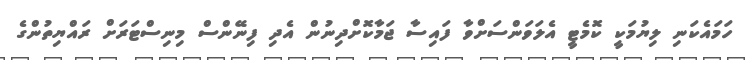
ހަމައެކަނި ލިޔުމަކީ ކޮމެޓީ އެލަވަންސަށްވާ ފައިސާ ޖަމާކޮށްދިނުން އެދި ފިނޭންސް މިނިސްޓަރަށް ރައްޔިތުންގެ